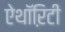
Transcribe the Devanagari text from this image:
ऐथॉऱिटी